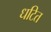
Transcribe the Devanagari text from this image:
धटित